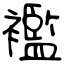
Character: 襤